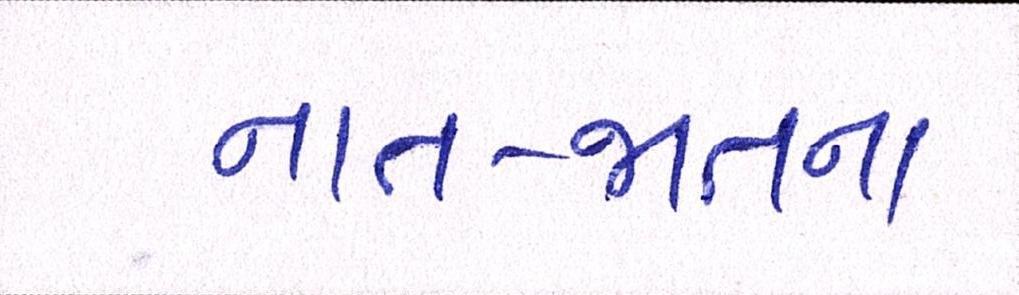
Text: નાત-જાતના